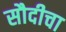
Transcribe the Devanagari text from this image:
सौदीचा